Uue-Poltsamaa_vallakohus, lk 74
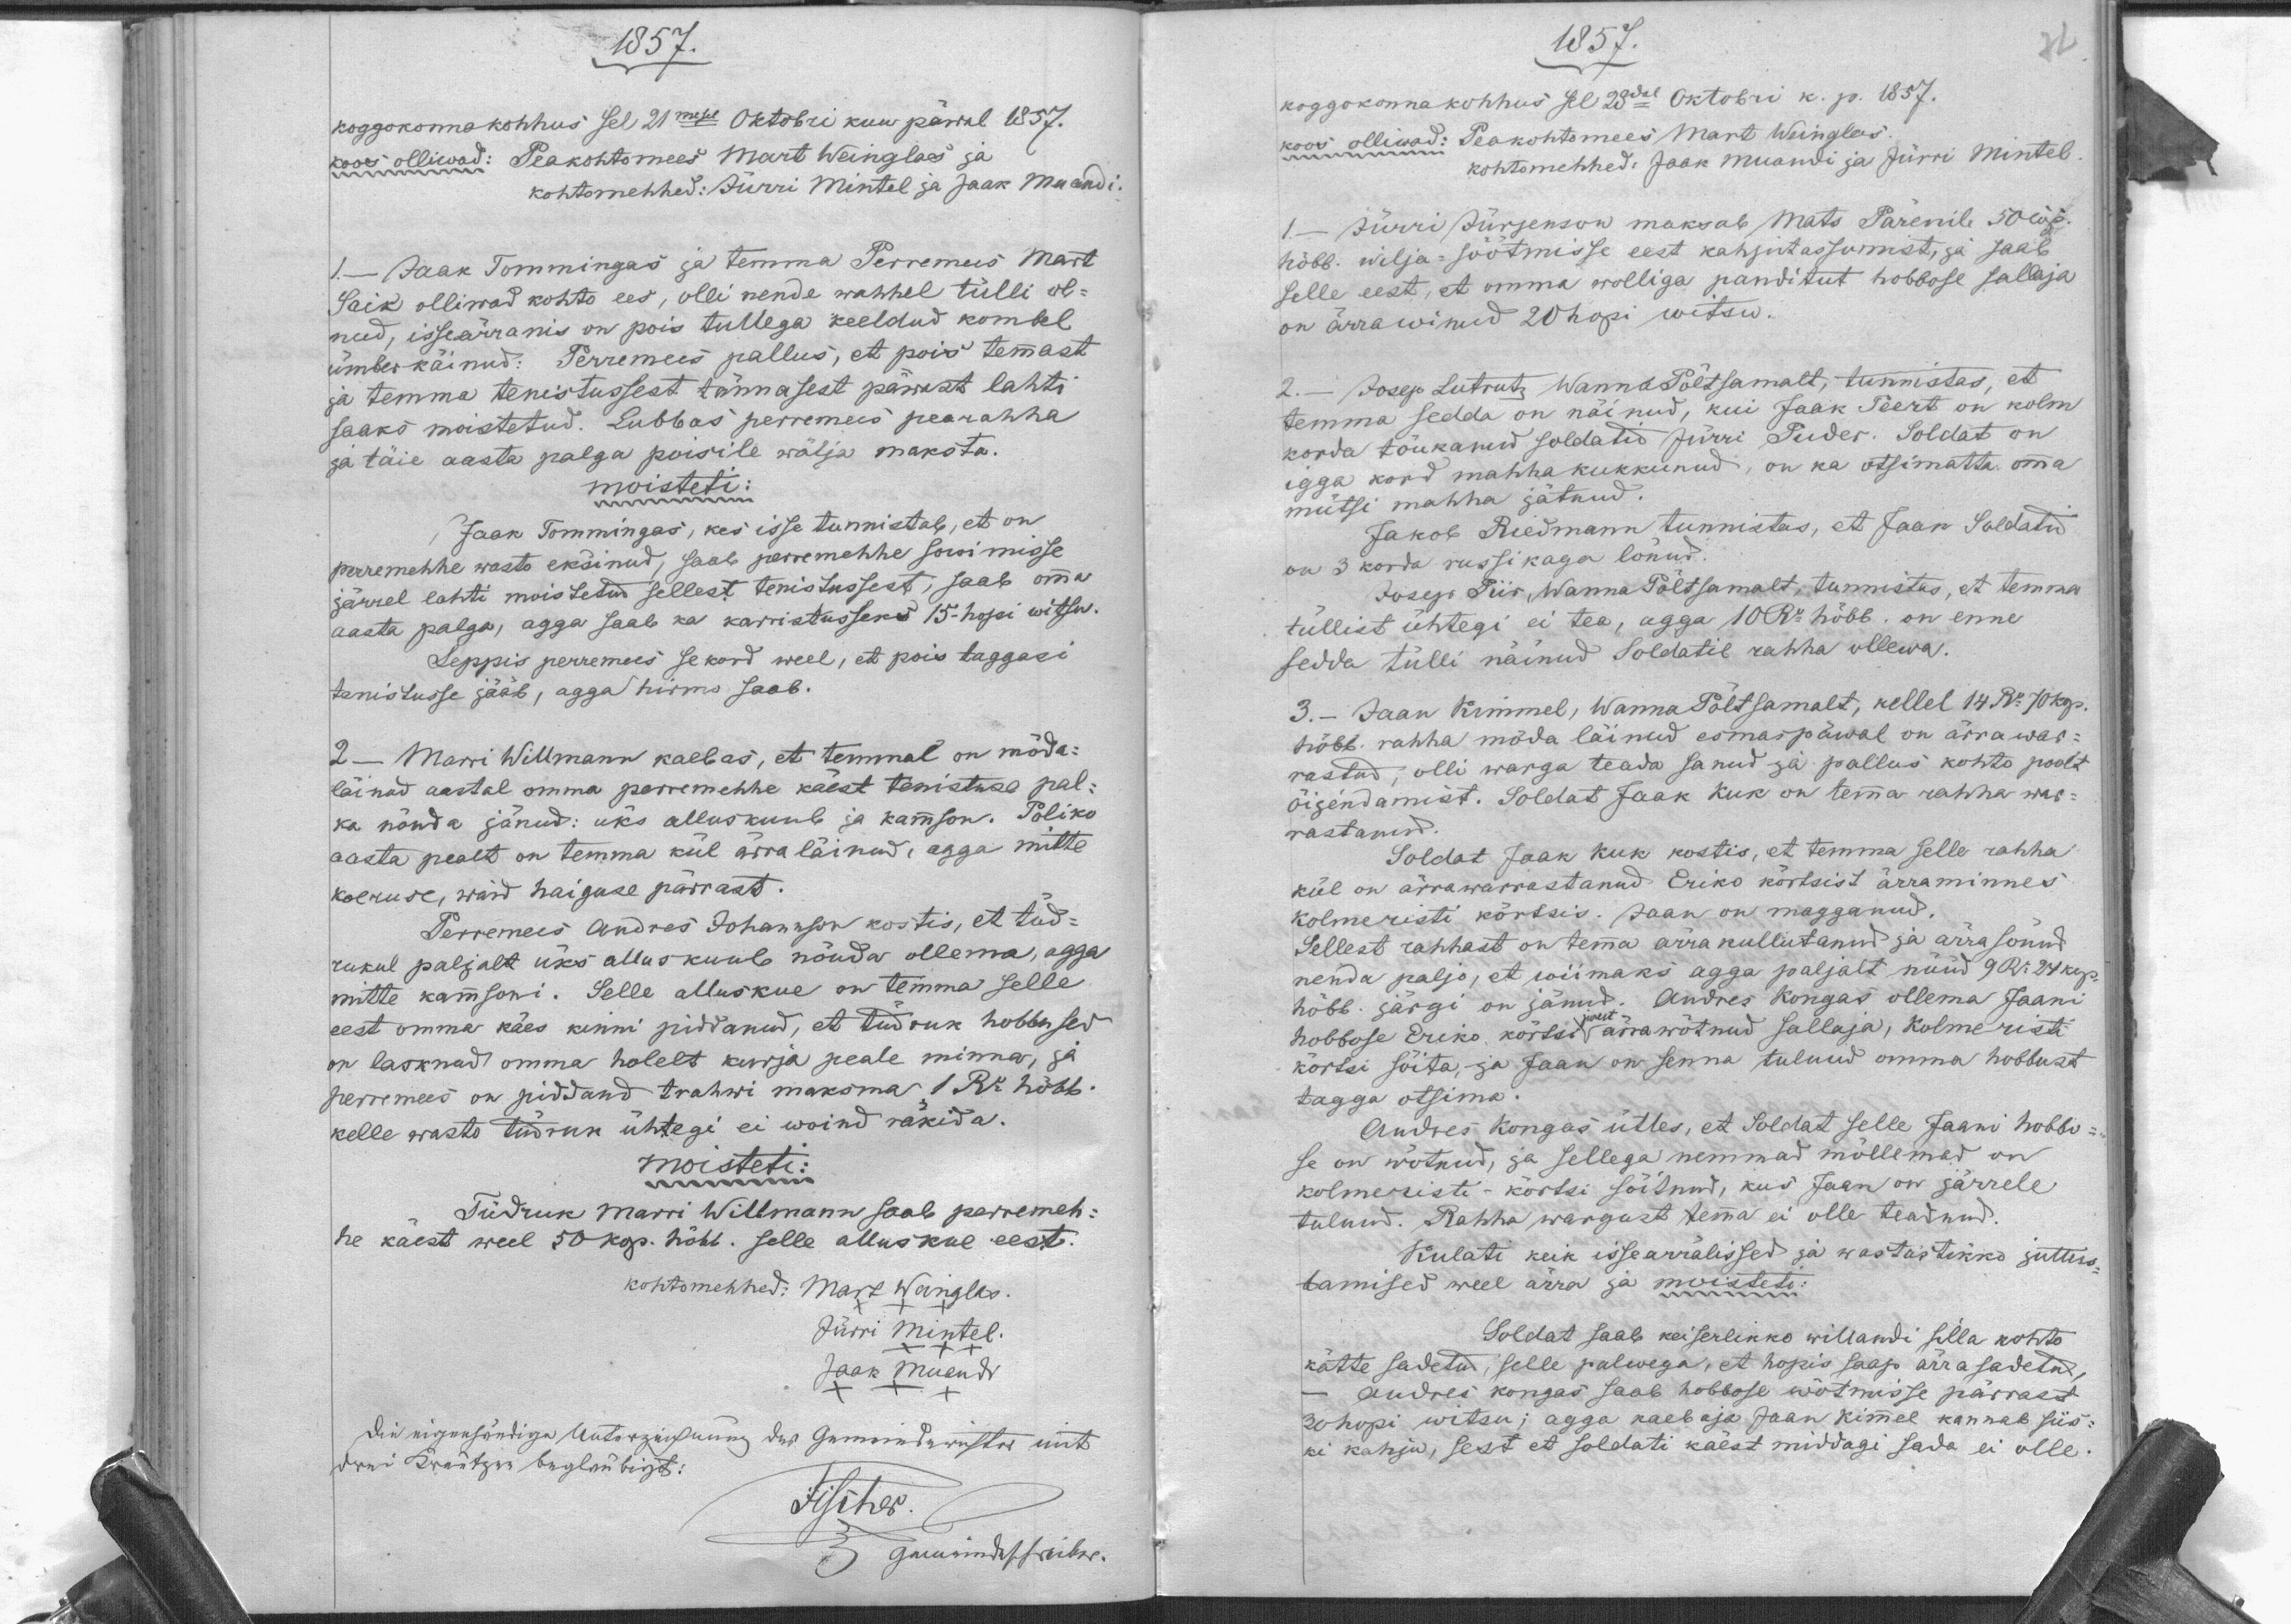
1857.
koggokonnakohhus sel 21mesel Oktobri kuu päwal 1857.
koos olliwad: Peakohtomees Mart Weinglas ja 
kohtomehhed: Jürri Mintel ja Jaak Muandi
1 - Jaak Tommingas ja temma Perremees Mart
Saik olliwad kohto ees, olli nende wahhel tülli ol-
nud, isseärranis on pois tullega keeldud kombel
ümber käinud. Perremees pallus, et pois temmast
ja temma tenistussest tännasest pärrast lahti
saaks moistetud. Lubbas perremees pearahha
ja täie aasta palga poisile wälja maksta.
moisteti:
Jaak Tommingas, kes isse tunnistab, et on
perremehhe wasto eksinud, saab perremehhe sowimise
järrel lahti moistetud sellest tenistussest, saab omma
aasta palga, agga saab ka karristusseks 15 hopi witsu.
Leppis perremees se kord weel, et pois taggasi
tenistusse jääb, agga hirmo saab.
2 -Marri Willmann kaebas, et temmal on mõda-
läinud aastal omma perremehhe käest tenistuse pal-
ka nõuda jänud: üks alluskuub ja kamson. Poliko
aasta pealt on temma kül ärraläinud, agga mitte
koeruse, waid haiguse pärrast.
Perremees Andres Johannson kostis, et tüd-
rukul paljalt üks alluskuub nõuda ollema, agga
mitte kamsoni. Selle alluskue on temma selle
eest omma käes kinni piddanud, et tüdruk hobbused
on lasknud omma holelt kurja peale minna, ja
Perremees on piddand trahwi maksma 1 Ru hõbb.
kelle wasto tüdruk ühtegi ei woind räkida.
moisteti:
Tüdruk Marri Willmann saab perremeh-
he käest weel 50 kop. hõbb. selle alluskue eest
kohtomehhed:
Mart Weinglas.
Jürri Mintel.
Jaak Muandi

1857.
koggokonnakohhus sel 23dal Oktobri k. p. 1857.
Peakohtomees Mart Weinglas.
koos olliwad:
kohtomehhed: Jaak Muandi ja Jürri Mintel
Jürri Jürjenson maksab Mats Pärenile 50 cop.
1 -
hõbb. wilja-söõtmisse eest kahjutassumist, ja saab
selle eest, et omma wolliga panditut hobbose sallaja
on ärrawinud 20 hopi witsu.
2. - Josep Lutrutz Wanna Põltsamalt, tunnistas, et
temma sedda on näinud, kui Jaak Soert on kolm
korda tõukanud soldatid Jürri Puder. Soldat on
igga kord mahha kukkunud, on ka otsimatta omma
mütsi mahha jätnud.
Jakob Riedmann tunnistas, et Jaan Soldatid
on 3 korda russikaga lönud.
Josep Piir, Wanna Põltsamalt tunnistas, et temma
tüllist ühtegi ei tea, agga 10 Ru hõbb. on enne
sedda tülli näinud soldatil rahha ollewa.
3. - Jaan Kimmel, Wanna Põltsamalt, kellel 14 Ru 70 kop.
hõbb. rahha möda läinud esmaspäwal on ärrawar-
rastud, olli warga teada sanud ja pallus kohto poolt
õijendamist. Soldat Jaak Kuk on temma rahha war-
rastanud.
Soldat Jaak Kuk kostis, et temma selle rahha
kül on ärrawarrastanud Eriko kõrtsist ärraminnes
Kolmeristi kõrtsis. Jaan on magganud.
Sellest rahhasd on temma ärra kullutanud ja ärrasõnud
nenda paljo, et wiimaks agga paljalt nüüd 9 Ru 24 kop.
hõbb. järgi on jänud. Andres Kongas ollema Jaani
hobbose Eriko, kõrtses ärrawötnud sallaja, Kolme risti
kõrtsi sõita, ja Jaak on senna tulnud omma hobbust
tagga otsima.
Andres Kongas ütles, et soldat selle Jaani hobbu-
se on wõtnud, ja sellega nemmad mõllemad on
kolmeristi-kõrtsi sõitnud, kus Jaan on järrele
tulnud. Rahha wargust temma ei olle teadnud.
Kulati keik isseärralissed ja wastastikko juttus-
tamised weel ärra ja moisteti:
Soldat saab keiserlikko willandi silla kohto
kätte sadetud, selle palwega, et hopis saap ärrasadetud,
Andres Kongas saab hobbose wõtmisse pärrast
30 hopi witsu; agga kaebaja Jaan Kimmel kannab siis-
ki kahju, sest ei soldati käest middagi sada ei olle